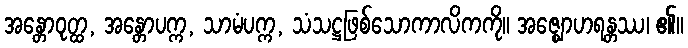
အန္တောဝုတ္ထ, အန္တောပက္က, သာမံပက္က, သံသဋ္ဌဖြစ်သောကာလိကကို။ အဇ္ဈောဟရန္တဿ၊ ၏။